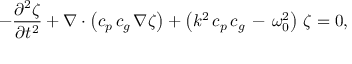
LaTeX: - { \frac { \partial ^ { 2 } \zeta } { \partial { t ^ { 2 } } } } + \nabla \cdot \left( c _ { p } \, c _ { g } \, \nabla \zeta \right) + \left( k ^ { 2 } \, c _ { p } \, c _ { g } \, - \, \omega _ { 0 } ^ { 2 } \right) \, \zeta = 0 ,